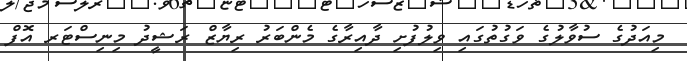
މިއަދުގެ ސުވާލުގެ ވަގުތުގައި ވިލުފުށި ދާއިރާގެ މެންބަރު ރިޔާޒް ރަޝީދު މިނިސްޓަރ އޮފް